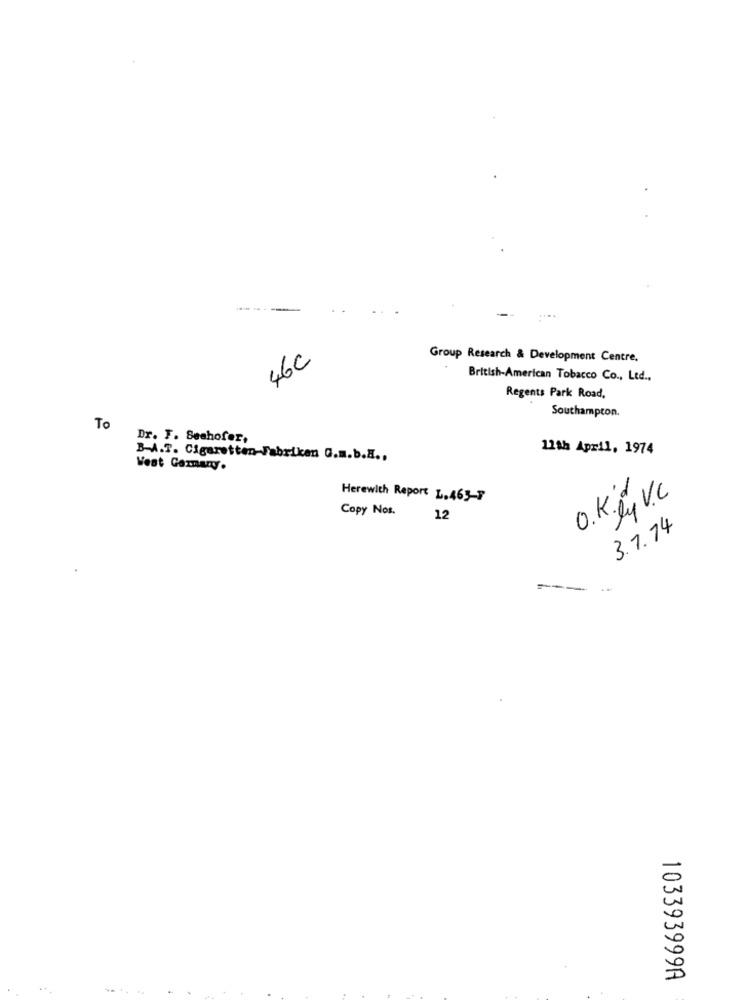
Group Research & Development Centre,
46C
British-American Tobacco Co ., Ltd .,
Regents Park Road,
Southampton.
To
Dr. F. Seehofer,
11th April, 1974
B-A.T. Cigaretten-Fabriken G.m.b.H ..
Vest Germany.
Herewith Report L. 463-7
O. K. by V.C
Copy Nos.
12
3.7.74
103393999A